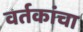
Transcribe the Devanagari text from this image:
वर्तकांचा